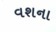
વશના